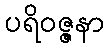
ပရိဝဇ္ဇနာ